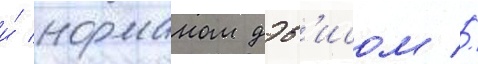
и́ норманом дэв'исом //